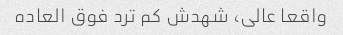
واقعا عالی، شهدش کم ترد فوق العاده